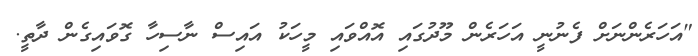
"އަހަރެންނަށް ފެނުނީ އަހަރެން މޫދުގައި އޮއްވައި މީހަކު އައިސް ނާސިހާ ގޮވައިގެން ދާތީ.